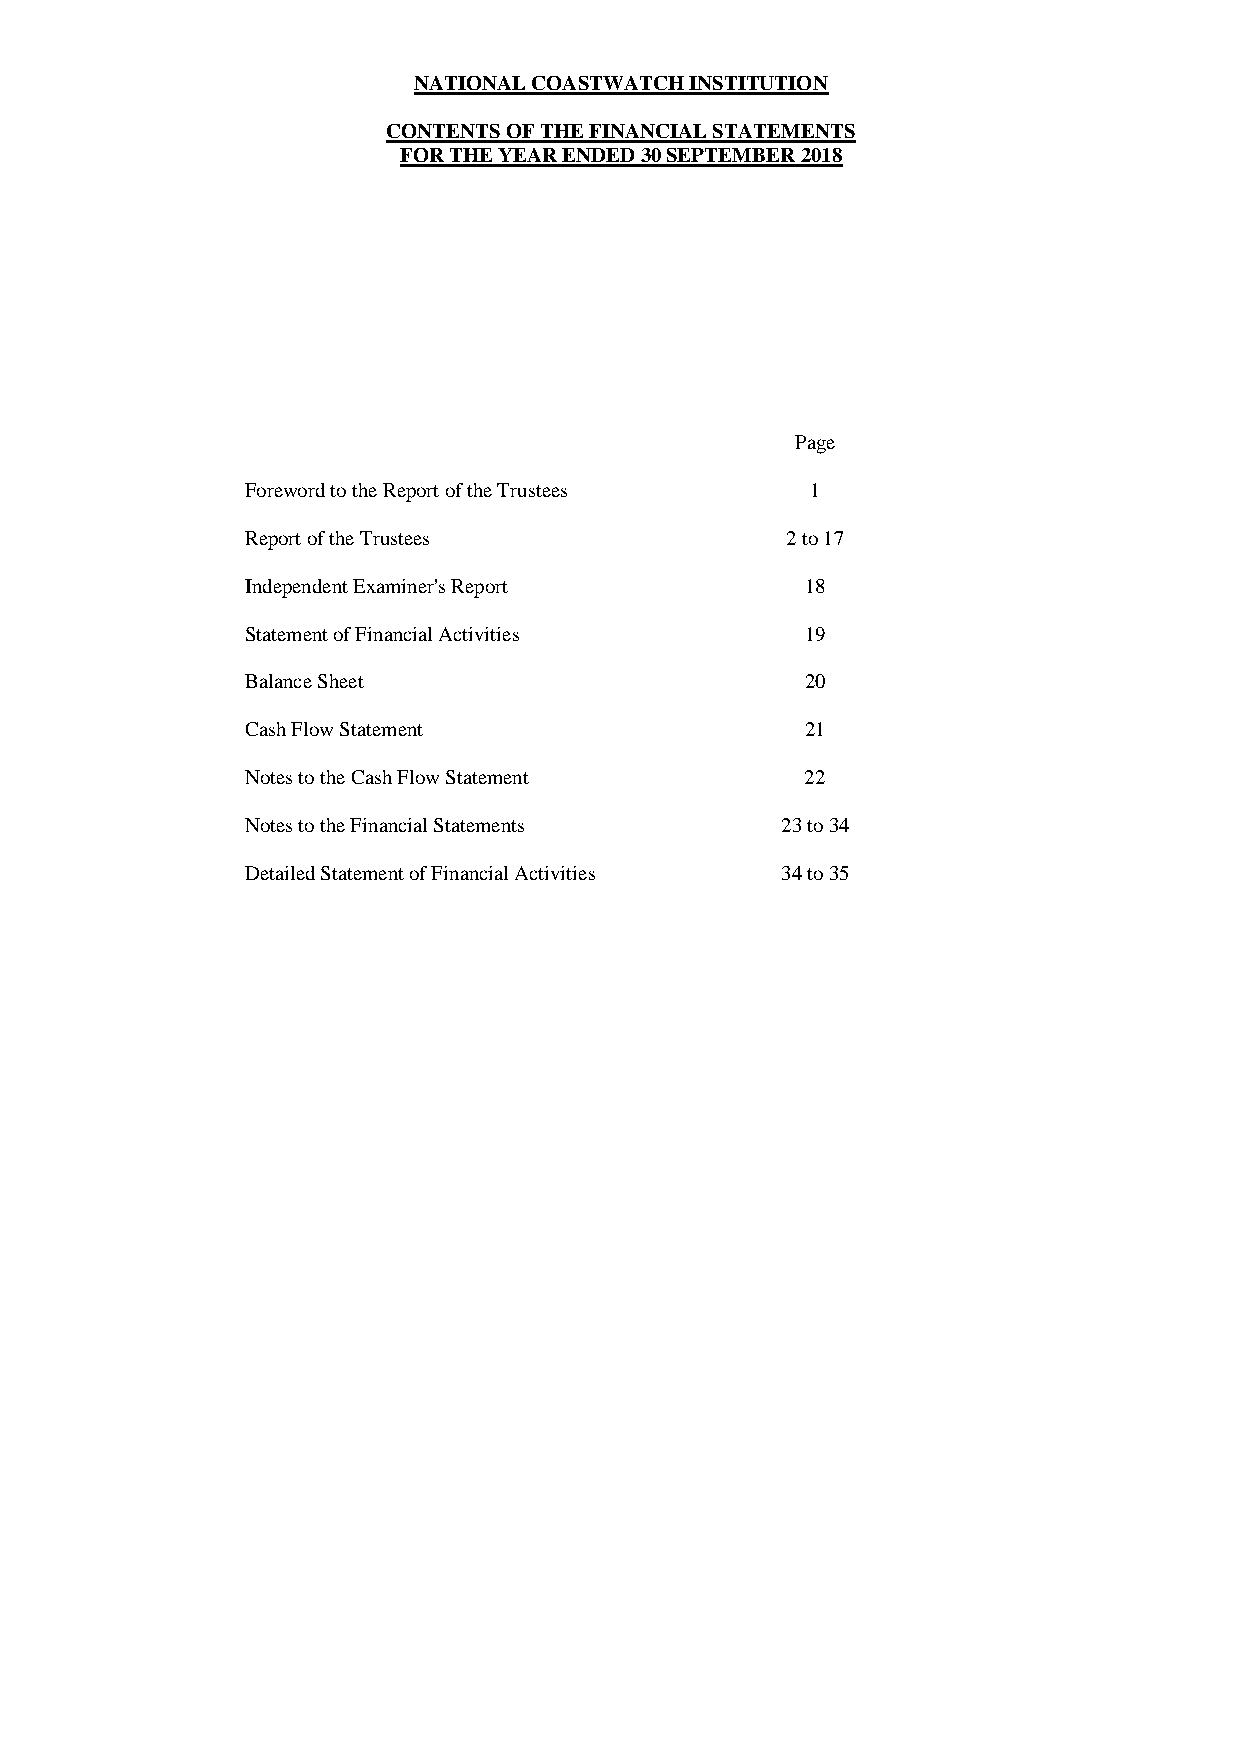
NATIONAL COASTWATCH INSTITUTION
 CONTENTS OF THE FINANCIAL STATEMENTS
 FOR THE YEAR ENDED 30 SEPTEMBER 2018
 Page
 Foreword to the Report of the Trustees 1
 Report of the Trustees              2 to 17
 Independent Examiner's Report        18
 Statement of Financial Activities    19
 Balance Sheet                        20
 Cash Flow Statement                  21
 Notes to the Cash Flow Statement     22
 Notes to the Financial Statements   23 to 34
 Detailed Statement of Financial Activities 34 to 35